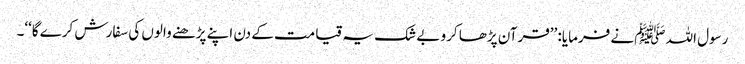
رسول اللہ ﷺنے فرمایا: ’’قرآن پڑھا کرو بے شک یہ قیامت کے دن اپنے پڑھنے والوں کی سفارش کرے گا‘‘۔